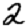
Digit: 2